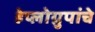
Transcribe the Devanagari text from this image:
हेप्लोग्रुपांचे